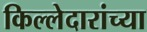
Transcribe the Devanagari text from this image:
किल्लेदारांच्या